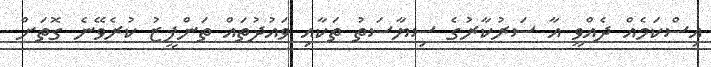
އިސްކަމެއް ދެއްވީ އާ ސަރުކާރުގެ ސިޔާސަތު ތަކާއި ވައުދުތައް ތަންފީޒު ކުރެވޭނެ ގޮތަށް